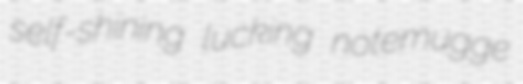
self-shining lucking notemugge